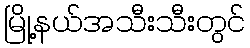
မြို့နယ်အသီးသီးတွင်